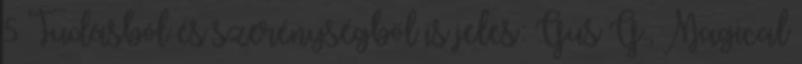
5 Tudásból és szerénységből is jeles: Gus G., Magical